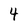
Character: 4